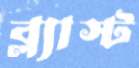
ব্ল্যাস্ট